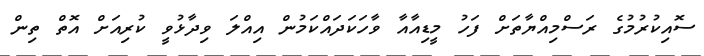
ސޮއިކުރުމުގެ ރަސްމިއްޔާތަށް ފަހު މީޑިއާއާ ވާހަކަދައްކަމުން އިއްލަ ވިދާޅުވީ ކުރިއަށް އޮތް ތިން